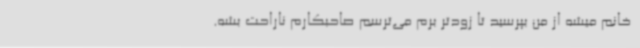
‌ خانم میشه از من بپرسید تا زودتر برم می‌ترسم صاحبکارم ناراحت بشه.